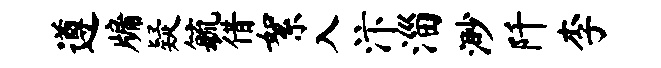
遵牖疑毓借絮入汴淄渺阡李